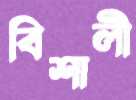
বিশালী